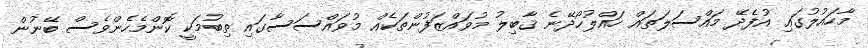
މާހައުލުގައި އުފެދޭ މައްސަލަތައް ހައްލުހޯދޭނެ ޤާބިލު މުވައްޒަފުންތަކެއް މުވައްސަސާގައި ތިބުމަކީ ކޮންމެހެންވެސް ބޭނުން